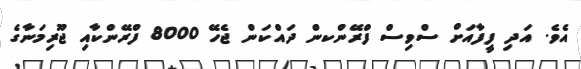
އެވެ. އަދި ފީފާއަށް ސްވިސް ފްރޭންކން ދައްކަން ޖެހޭ 8000 ފްރޭންކާއި ޖޫރިމަނާގެ